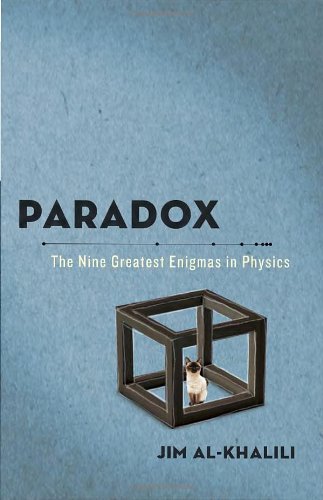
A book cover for Paradox: The Nine Greatest Enigmas in Physics; Jim Al-Khalili; Humor & Entertainment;